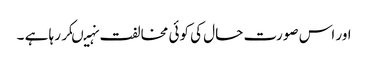
اور اس صورت حال کی کوئی مخالفت نہیںکر رہا ہے ۔